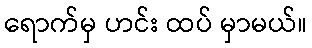
ရောက်မှ ဟင်း ထပ် မှာမယ်။